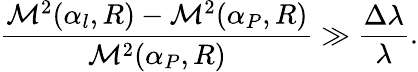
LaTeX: \frac{{\cal M}^{2}(\alpha_{l},R)-{\cal M}^{2}(\alpha_{P},R)}{{\cal M}^{2}(\alpha_{P},R)}\gg\frac{\Delta\lambda}{\lambda}.